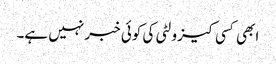
ابھی کسی کیزولٹی کی کوئی خبر نہیں ہے۔